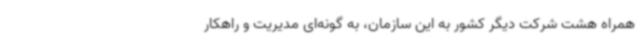
همراه هشت شرکت دیگر کشور به این سازمان، به گونه‌ای مدیریت و راهکار